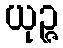
ယုဉ္ဇ